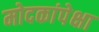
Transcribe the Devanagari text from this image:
मोदकांपेक्षा